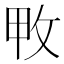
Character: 𢼓